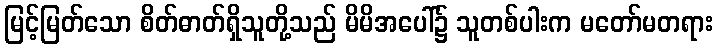
မြင့်မြတ်သော စိတ်ဓာတ်ရှိသူတို့သည် မိမိအပေါ်၌ သူတစ်ပါးက မတော်မတရား